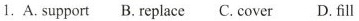
1. A. suppori B. replace C. cover D. fill